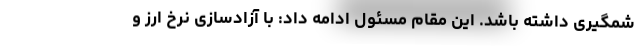
شمگیری داشته باشد. این مقام مسئول ادامه داد: با آزادسازی نرخ ارز و